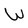
Character: W